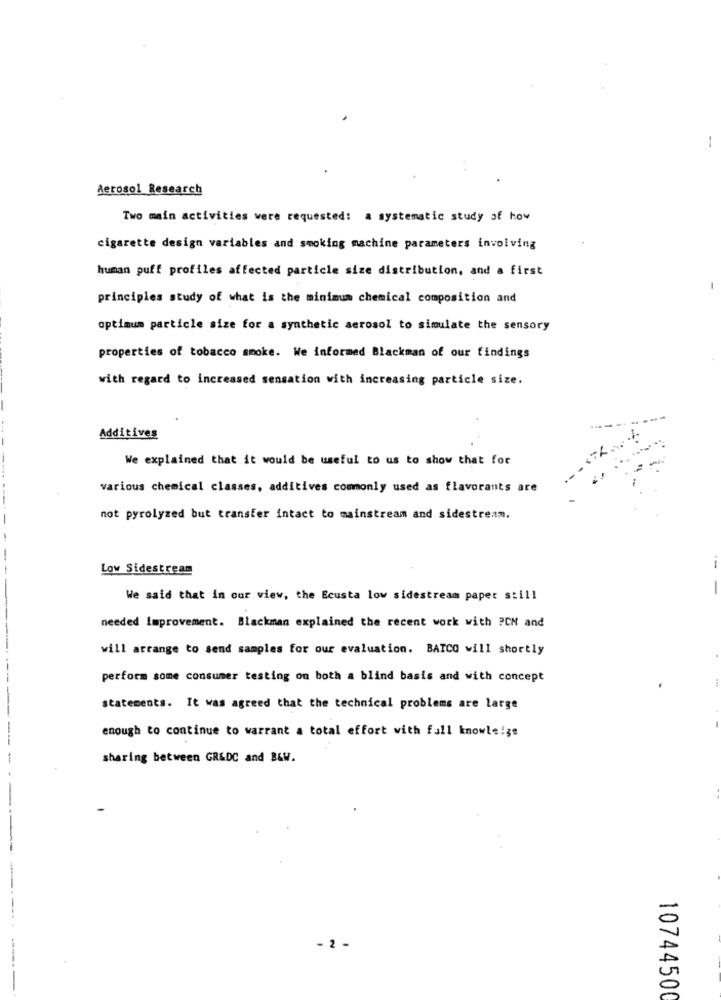
-
Aerosol Research
Two main activities were requested: a systematic study of how
cigarette design variables and smoking machine parameters involving
human puff profiles affected particle size distribution, and a first
-
principles study of what is the minimum chemical composition and
optimum particle size for a synthetic aerosol to simulate the sensory
properties of tobacco smoke. We informed Blackman of our findings
with regard to increased sensation with increasing particle size.
Additives
We explained that it would be useful to us to show that for
various chemical classes, additives commonly used as flavorants are
not pyrolyzed but transfer intact to mainstream and sidestream.
Low Sidestream
-
-
We said that in cor view, the Ecusta low sidestream paper still
needed Improvement. Blackman explained the recent work with PCM and
will arrange to send samples for our evaluation. BATCO will shortly
perform some consumer testing on both a blind basis and with concept
statements. It was agreed that the technical problems are large
enough to continue to warrant a total effort with full knowledge
sharing between GR&DC and B&W.
---
-
- 2 -
10744500